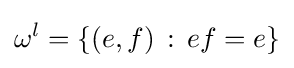
\omega ^{l}=\{(e,f)\,:\,ef=e\}